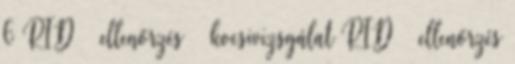
6 RID – ellenőrzés – kocsivizsgálat RID – ellenőrzés